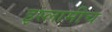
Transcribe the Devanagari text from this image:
इस्लामीच